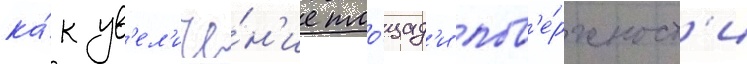
ка́к ув'ел'иче́н'ие пло́щад'и пов'е́рхност'и